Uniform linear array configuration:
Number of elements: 12
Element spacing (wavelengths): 1
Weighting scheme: hann
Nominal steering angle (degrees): -15
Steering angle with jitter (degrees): -14.49
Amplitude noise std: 0.05
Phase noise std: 0.05

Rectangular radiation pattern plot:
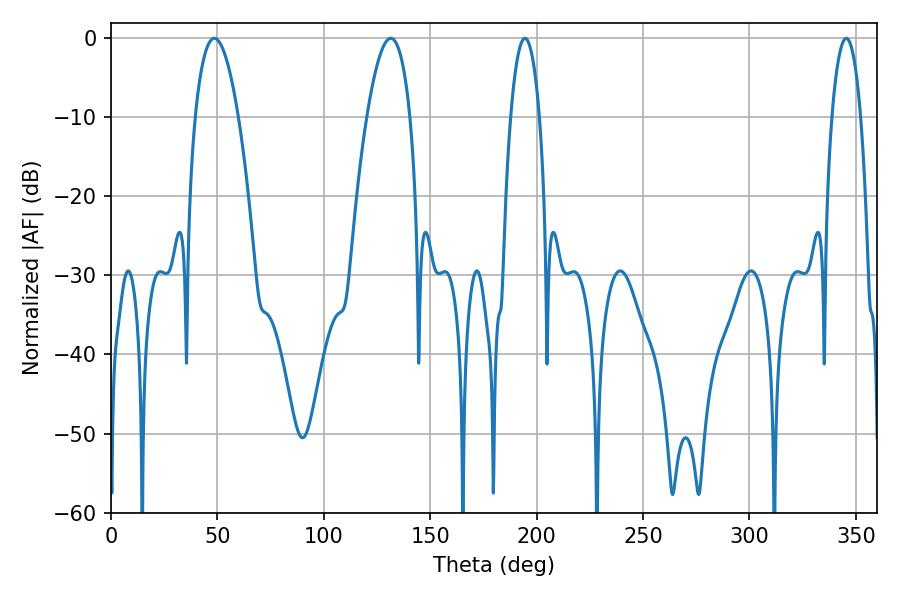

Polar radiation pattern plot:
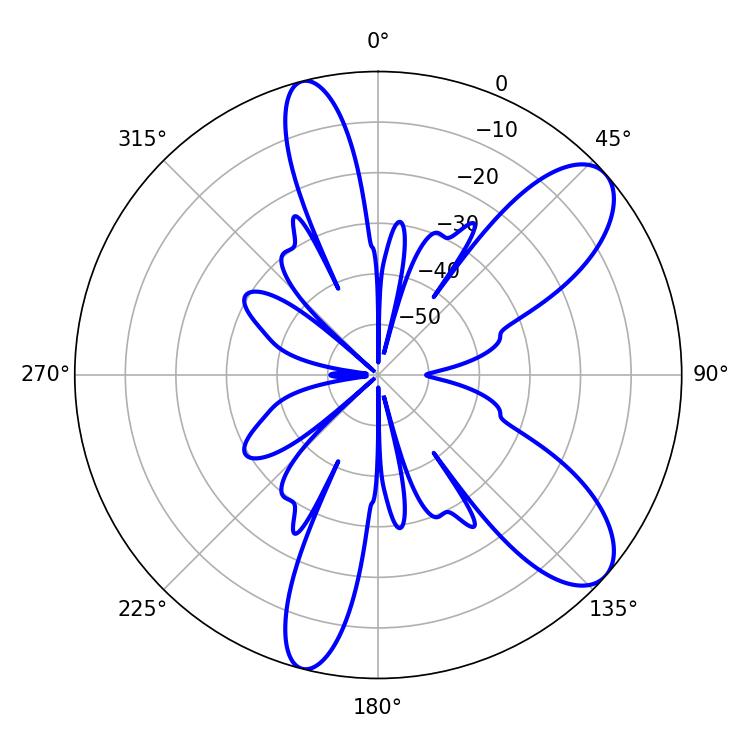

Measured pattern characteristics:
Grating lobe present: TRUE
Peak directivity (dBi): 9.114
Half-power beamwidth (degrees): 11.34
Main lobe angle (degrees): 48.6